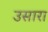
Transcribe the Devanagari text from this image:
उसारा